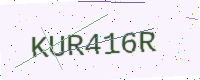
Text: KUR416R